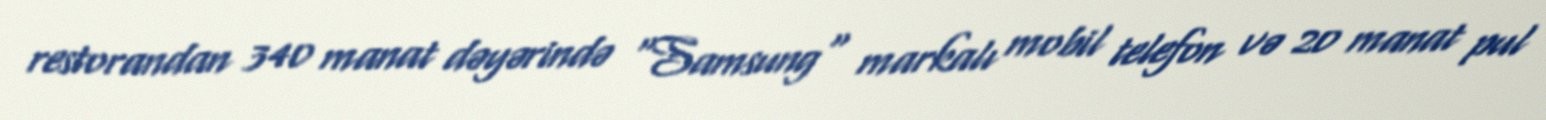
restorandan 340 manat dəyərində "Samsung" markalı mobil telefon və 20 manat pul